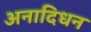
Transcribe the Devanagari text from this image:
अनादिधन